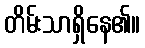
တိမ်းသာရှိနေ၏။